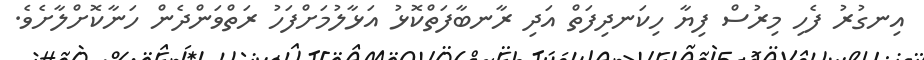
އިނގުރު ފެހި މިރުސް ފިޔާ ހިކަނދިފަތް އަދި ރާނބާފަތްކޮޅު އަޅާލުމަށްފަހު ރަތްވަންދެން ހަނާކޮށްލާށެވެ.